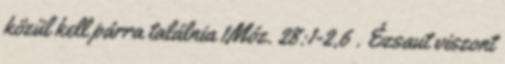
közül kell párra találnia 1Móz. 28:1-2,6 . Ézsaut viszont